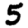
Digit: 5